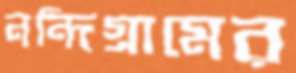
নন্দিগ্রামের